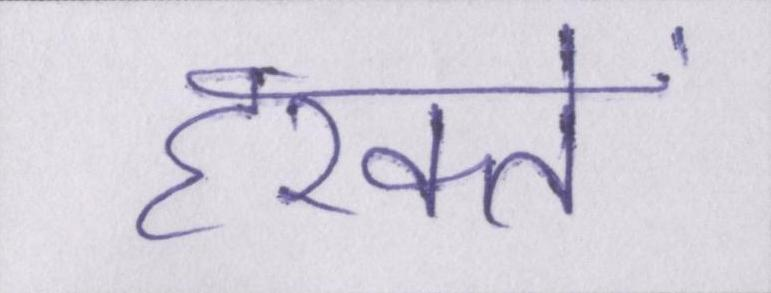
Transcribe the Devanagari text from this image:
हरकतें